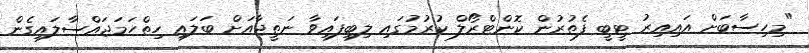
"މިހިސާބަށް އައިއިރު ޓީބީ ފެތުރުން ކޮންޓްރޯލް ކުރުމުގައި ލިބިފައިވާ ނަތީޖާއަށް ބަލައި ހިތްހަމަޖައްސާލައިގެން